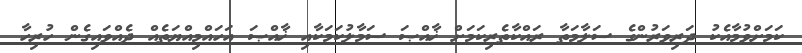
ކަމަށްވުމާއެކު ދަރިވަރުންގެ ސަލާމަތާ ރައްކާތެރިކަމަށް ޚާއްޞަ ސަމާލުކަމަކާއި ޚާއްޞަ އަހައްމިއްޔަތެއް ދެއްވައިގެން ހުރިހާ